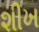
શીખ